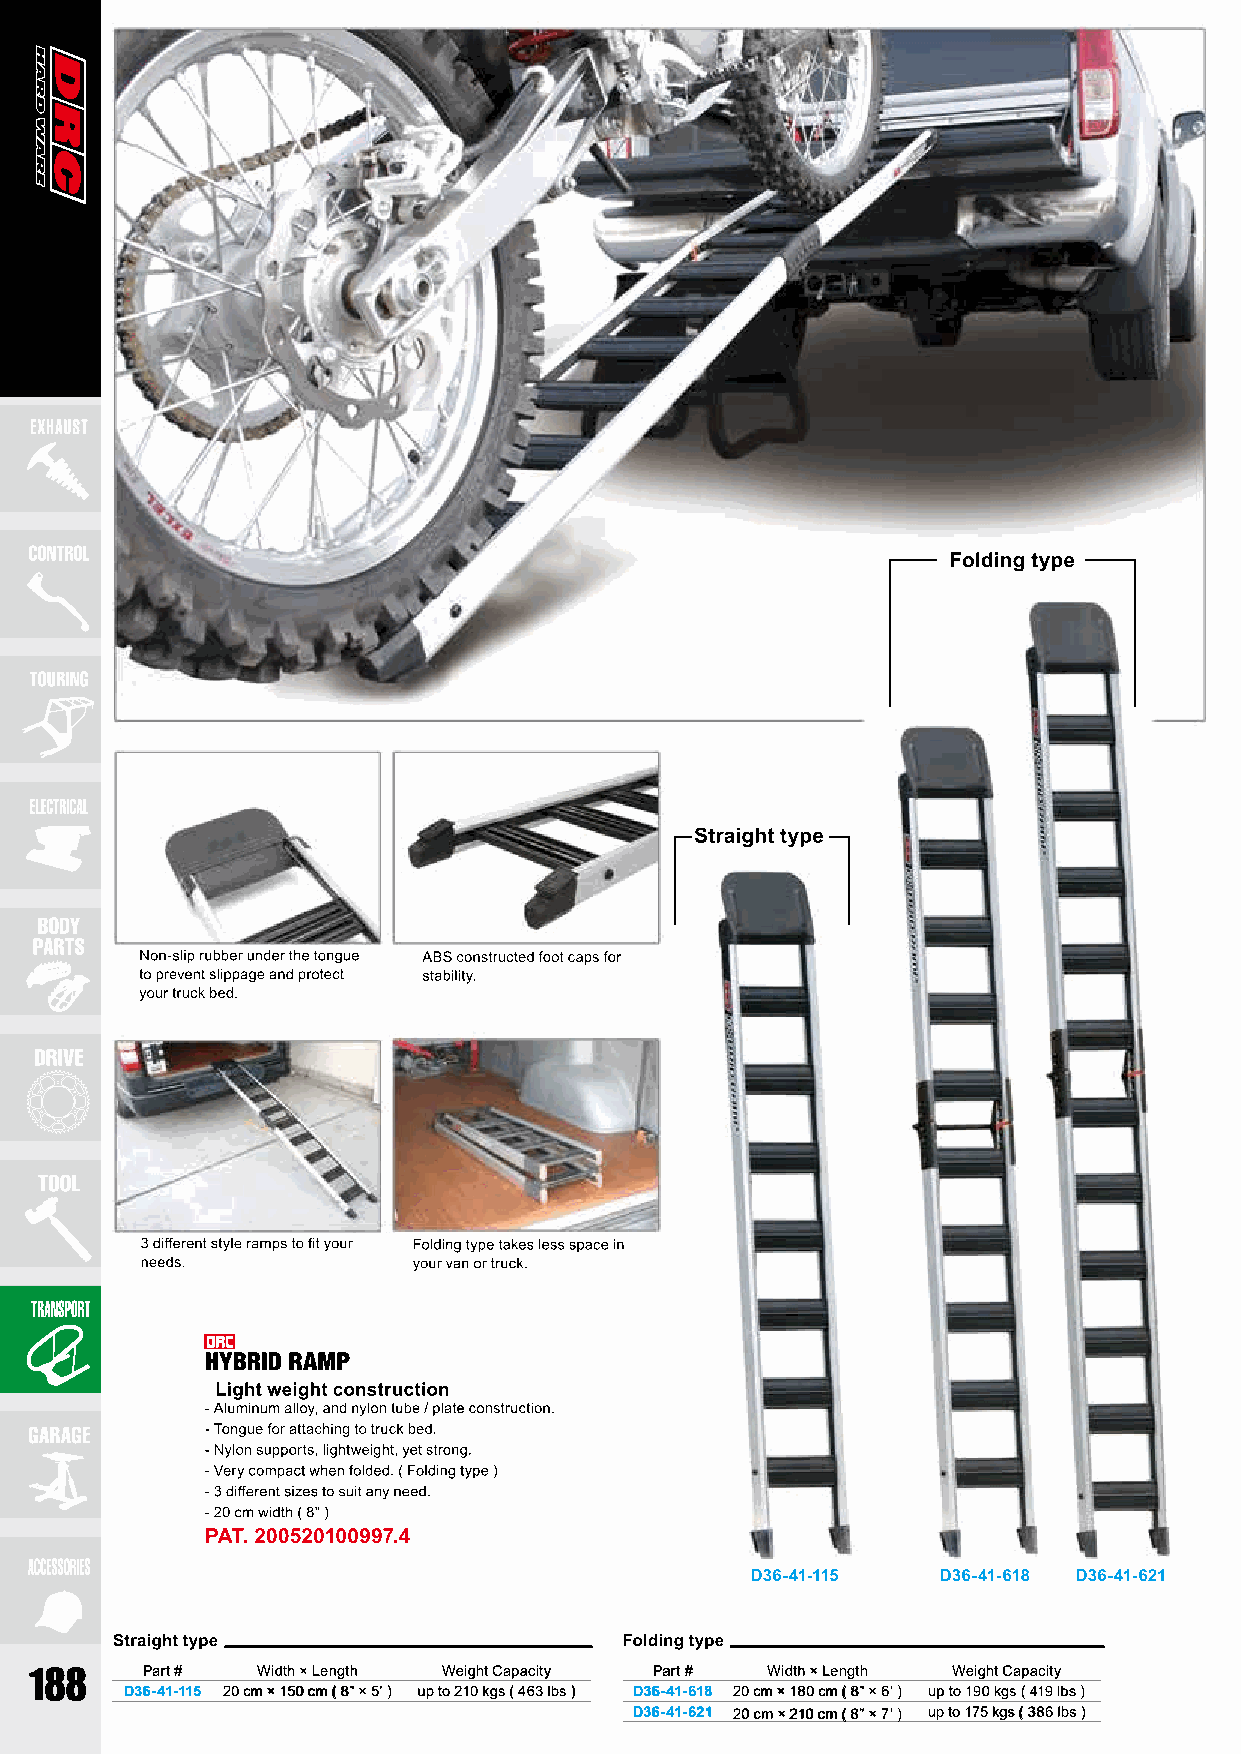
Part #  Width × Length Weight Capacity Part # Width × Length Weight Capacity
 D36-41-115 20 cm × 150 cm ( 8” × 5’ ) up to 210 kgs ( 463 lbs ) D36-41-618 20 cm × 180 cm ( 8” × 6’ ) up to 190 kgs ( 419 lbs )
 D36-41-621 20 cm × 210 cm ( 8” × 7’ ) up to 175 kgs ( 386 lbs )